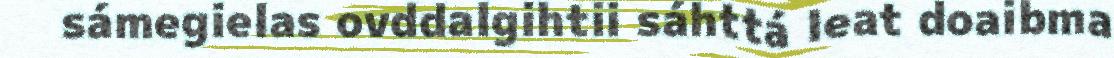
sámegielas ovddalgihtii sáhttá leat doaibma